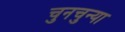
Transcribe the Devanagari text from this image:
चुनचुन्या